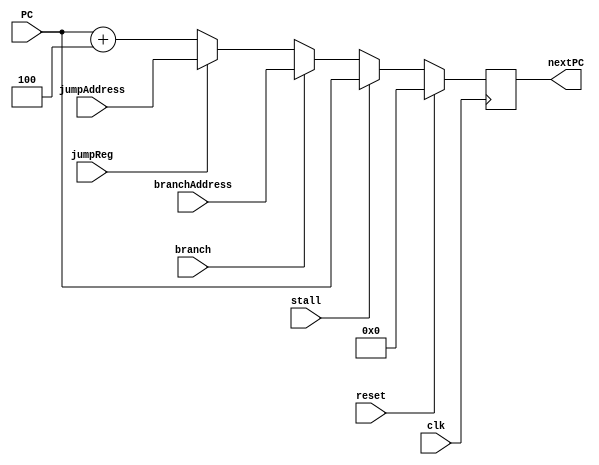
`ifndef _pc_control
`define _pc_control

module pc_control(
  input reset,
  input branch,
  input jumpReg, clk, stall,
  input [31:0] jumpAddress,branchAddress, PC,
  output reg [31:0] nextPC
);

    initial begin
      nextPC <= 32'd0;
    end

    always @(posedge clk) begin
      if(reset)
		    nextPC <= 32'd0;
		  else if (stall)
        nextPC <= PC;
      else if (branch == 2'b10 || branch == 2'b01)
        nextPC <= branchAddress;
      else if (jumpReg == 1'b1)
        nextPC <= jumpAddress;
      else
        nextPC <= PC + 32'd4;
    end

endmodule
`endif